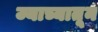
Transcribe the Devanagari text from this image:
ज्याच्यातून